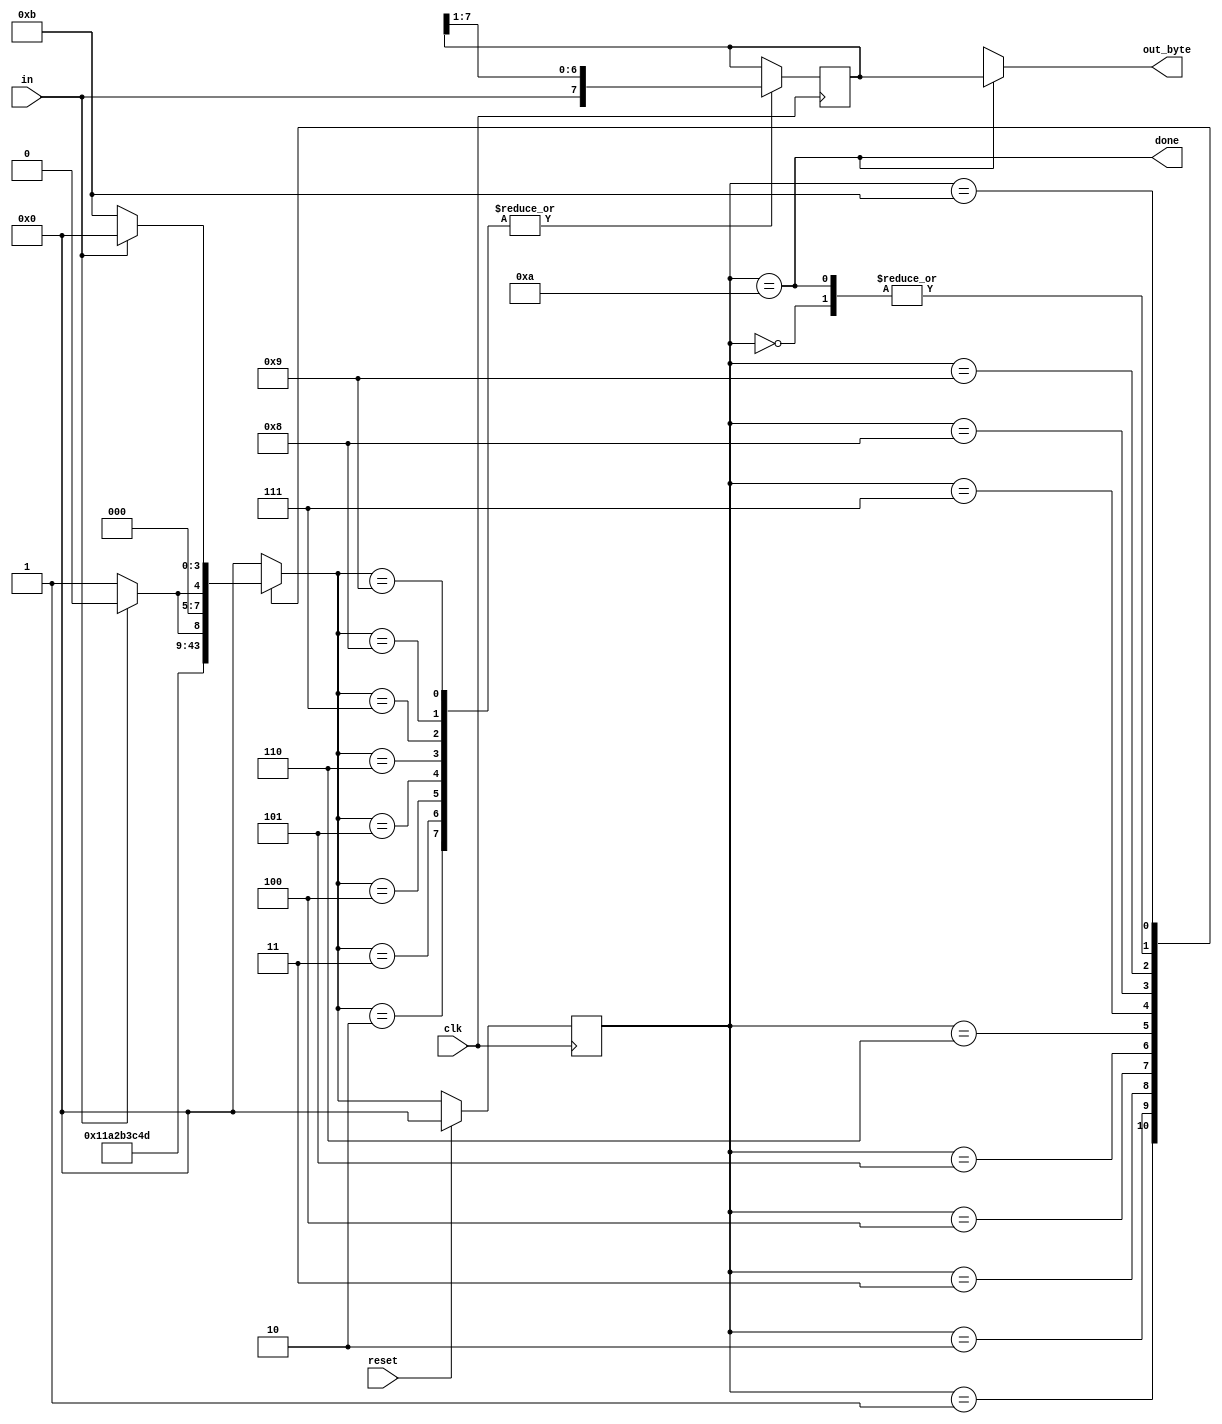
module top_module(
    input clk,
    input in,
    input reset,    // Synchronous reset
    output [7:0] out_byte,
    output done
); //

    parameter 
    IDLE  = 4'd0,
    START = 4'd1,
    BIT1  = 4'd2,
    BIT2  = 4'd3,
    BIT3  = 4'd4,
    BIT4  = 4'd5,
    BIT5  = 4'd6,
    BIT6  = 4'd7,
    BIT7  = 4'd8,
    BIT8  = 4'd9,
    STOP  = 4'd10,
   	ERROR  = 4'd11;
    reg [3:0] state,nstate;
    reg [7:0] bitstream;

    always @(*)begin
        case(state)
            IDLE: nstate = in? IDLE:START;
            START:nstate = BIT1;
            BIT1: nstate = BIT2;
            BIT2: nstate = BIT3;
            BIT3: nstate = BIT4;
            BIT4: nstate = BIT5;
            BIT5: nstate = BIT6;
            BIT6: nstate = BIT7;
            BIT7: nstate = BIT8;
            BIT8: nstate = in? STOP:ERROR;
            STOP: nstate = in? IDLE:START;
            ERROR: nstate = in? IDLE:ERROR;
            default: nstate = IDLE;
        endcase
    end
    
    always @(posedge clk)begin
        if(reset)begin
            state <= IDLE;
        end
        else begin
           state <= nstate; 
        end
        case(nstate)//serial protocol sends the least significant bit first.
            BIT1: bitstream <= {in,bitstream[7:1]};
            BIT2: bitstream <= {in,bitstream[7:1]};
            BIT3: bitstream <= {in,bitstream[7:1]};
            BIT4: bitstream <= {in,bitstream[7:1]};
            BIT5: bitstream <= {in,bitstream[7:1]};
            BIT6: bitstream <= {in,bitstream[7:1]};
            BIT7: bitstream <= {in,bitstream[7:1]};
            BIT8: bitstream <= {in,bitstream[7:1]}; 
        endcase
    end
    
    assign done = (state == STOP);
    assign out_byte = (state == STOP)? bitstream:8'bx;

endmodule